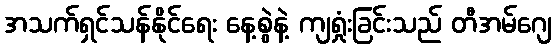
အသက်ရှင်သန်နိုင်ရေး နေ့စွဲနဲ့ ကျရှုံးခြင်းသည် တီအမ်ဂျေ